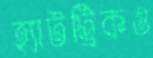
হ্যাটট্রিকও